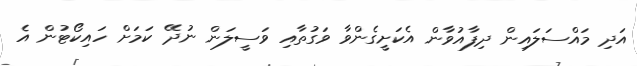
އަދި މައްސަލައިން ދިފާއުވާން އެކަށީގެންވާ ވަގުތާއި ވަސީލަން ނުދޭ ކަމަށް ހައިކޯޓުން އެ